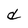
Character: d